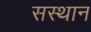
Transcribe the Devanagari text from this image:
सस्थान